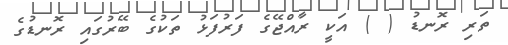
ތަރި ރޮނޑު ( ) އަކީ ރާއްޖޭގެ ފަރުފަޅު ތަކުގެ ބޭރުގައި ރޮނޑުގެ